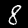
Digit: 8